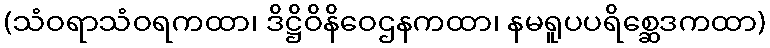
(သံဝရာသံဝရကထာ၊ ဒိဋ္ဌိဝိနိဝေဌနကထာ၊ နမရူပပရိစ္ဆေဒကထာ)